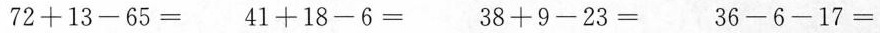
$$7 2 + 1 3 - 6 5 =$$ $$4 1 + 1 8 - 6 =$$ $$3 8 + 9 - 2 3 =$$ $$3 6 - 6 - 1 7 =$$